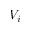
V _ { i }